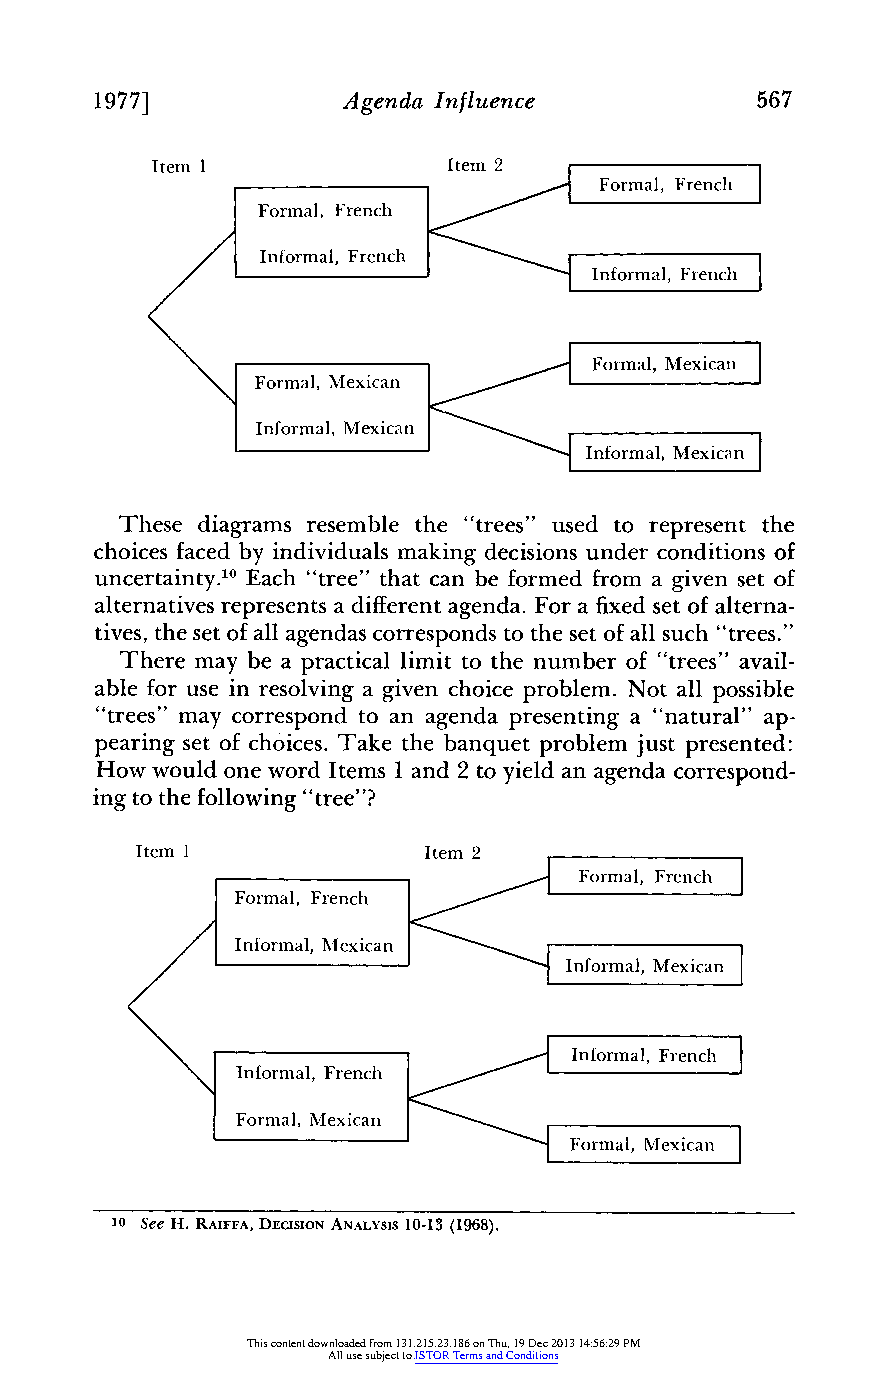
1977]            Agenda Influence           567
 Item 1              Item 2
 /FFormal, FrenchF
 IInnfomorlm alF, rench
 -FInoralnFenhh
 Formal, MexaFonremncahl,
 InFormalM, exicanM
 Informal, Mexicann
 ~9Informal, Mexican|
 These diagrams resemble the "trees" used to represent the
 choices faced by individuals making decisions under conditions of
 uncertainty."'E ach "tree" that can be formed froma given set of
 alternativesr epresentsa differenatg enda. For a fixeds et of alterna-
 tives,t he set of all agendas correspondst o the set of all such "trees."
 There may be a practical limit to the number of "trees" avail-
 able for use in resolving a given choice problem. Not all possible
 "trees" may correspond to an agenda presenting a "natural" ap-
 pearing set of choices. Take the banquet problem just presented:
 How would one word Items 1 and 2 to yield an agenda correspond-
 ing to the following" tree"?
 Item 1             Item 2
 Frnc
 FoFrmoraml,a Fl,rF ernenchch oral
 Informal,M exican
 Informal,M exican
 French
 In  , F  hInformal,
 Formal, Mrexica
 Fol  MFormal,             Mexican
 10 See H. RAIFFA, DECISION ANALYSIS 10-13 (1968).
 This content downloaded from 131.215.23.186 on Thu, 19 Dec 2013 14:56:29 PM
 All use subject to JSTOR Terms and Conditions